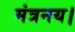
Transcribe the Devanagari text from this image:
मंत्रनय।